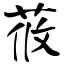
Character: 莜